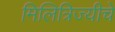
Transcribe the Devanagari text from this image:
मिलित्रिज्यीचे